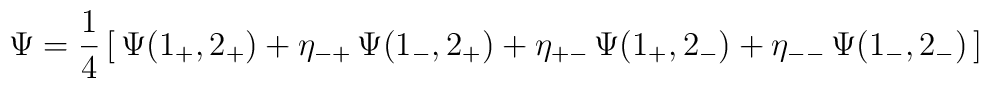
\Psi={1\over 4}\,\bigl[\,\Psi(1_+,2_+)+\eta_{-+}\,\Psi(1_-,2_+)+\eta_{+-}\,\Psi(1_+,2_-) +\eta_{--}\,\Psi(1_-,2_-)\,\bigr]